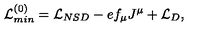
{ \cal L } _ { m i n } ^ { ( 0 ) } = { \cal L } _ { N S D } - e f _ { \mu } J ^ { \mu } + { \cal L } _ { D } ,